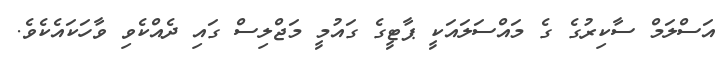
އަސްލަމް ސާކިރުގެ ގެ މައްސަލައަކީ ޕާޓީގެ ގައުމީ މަޖްލިސް ގައި ދެއްކެވި ވާހަކައެކެވެ.